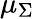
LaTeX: \mu_{\Sigma}